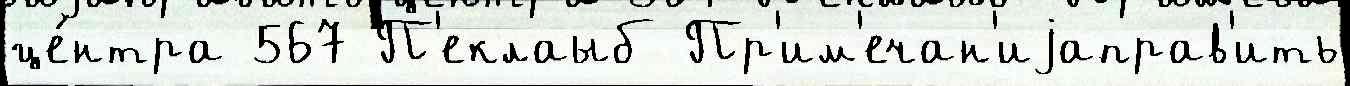
це́нтра 567 П'еклаыб Пр'им'ечан'иjаправ'ить